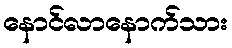
နောင်လာနောက်သား